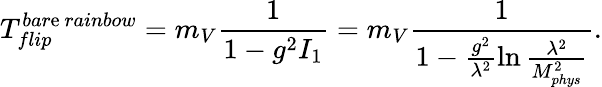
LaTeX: T_{flip}^{bar\mathrm{e}\ rainbow}=m_{V}\frac{{1}}{{1-g^{2}I_{1}}}=m_{V}\frac{{1}}{{1-\frac{{g^{2}}}{{\lambda^{2}}}\ln\frac{{\lambda^{2}}}{{M_{phys}^{2}}}}}.